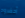
أحضروه